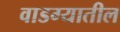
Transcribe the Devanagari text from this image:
वाडग्यातील